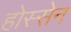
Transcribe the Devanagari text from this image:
होस्सेन